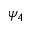
\psi _ { 4 }